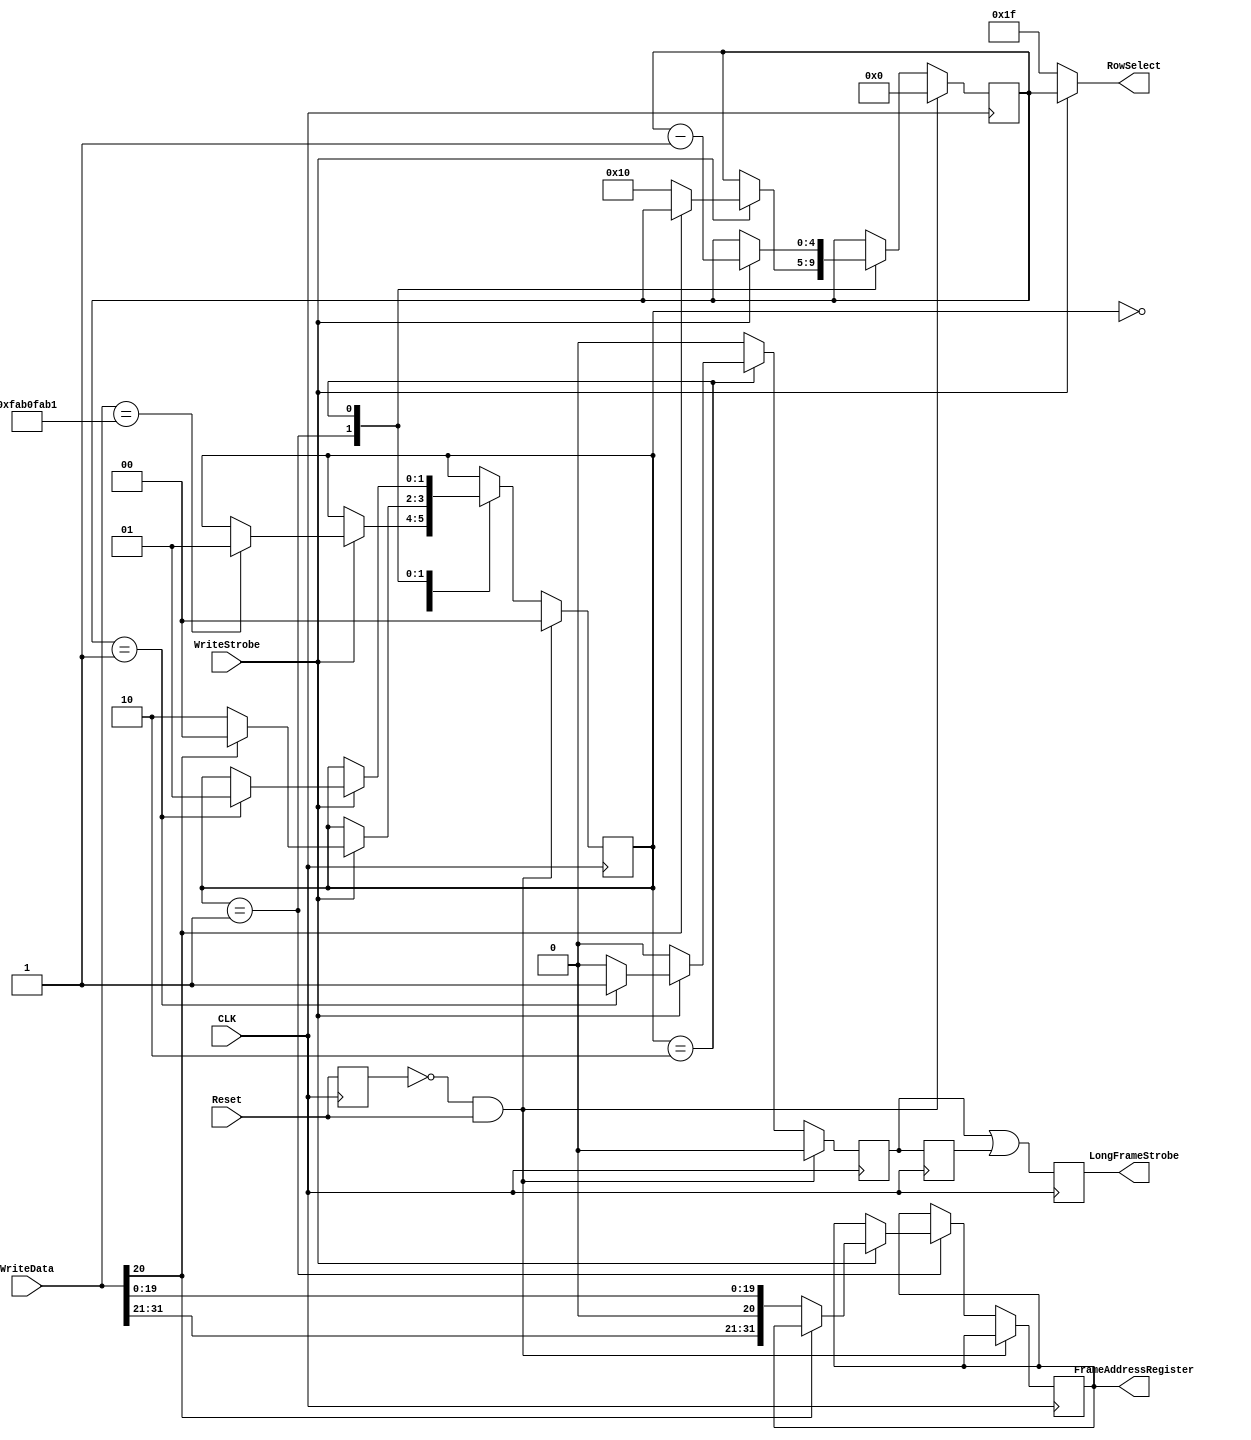
module ConfigFSM (CLK, WriteData, WriteStrobe, Reset, FrameAddressRegister, LongFrameStrobe, RowSelect);
	parameter NumberOfRows = 16;
	parameter RowSelectWidth = 5;
	parameter FrameBitsPerRow = 32;
	parameter desync_flag = 20;

	input CLK; 
	
	input [31:0] WriteData;
	input WriteStrobe;
	input Reset;
	
	output reg [FrameBitsPerRow-1:0] FrameAddressRegister;
	output reg LongFrameStrobe = 0;
	output reg [RowSelectWidth-1:0] RowSelect;
	
	reg FrameStrobe = 0;
	//signal FrameShiftState : integer range 0 to (NumberOfRows + 2);
	reg [4:0] FrameShiftState = 0;

	//FSM
	reg [1:0] state = 0;
	reg old_reset;
	always @ (posedge CLK) begin : P_FSM
		old_reset <= Reset;
		FrameStrobe <= 1'b0;
		// we only activate the configuration after detecting a 32-bit aligned pattern "x"FAB0_FAB1"
		// this allows placing the com-port header into the file and we can use the same file for parallel or UART configuration
		// this also allows us to place whatever metadata, the only point to remeber is that the pattern/file needs to be 4-byte padded in the header
		if ((old_reset == 1'b0) && (Reset == 1'b1)) begin // reset all on ComActive posedge
			state <= 0;
			FrameShiftState <= 0;
		end else begin
			case(state)
				0: begin // unsynched
					if(WriteStrobe == 1'b1) begin // if writing enabled
						if (WriteData == 32'hFAB0_FAB1) begin // fire only after seeing pattern 0xFAB0_FAB1
							state <= 1; //go to synched state
						end
					end
				end
				1: begin // SyncState read header
					if(WriteStrobe == 1'b1) begin// if writing enabled
						if(WriteData[desync_flag] == 1'b1) begin // desync
							state <= 0; //desynced
						end else begin
							FrameAddressRegister <= WriteData;
							FrameShiftState <= NumberOfRows  ;
							state <= 2; //writing frame data
						end
					end
				end
				2: begin
					if(WriteStrobe == 1'b1) begin// if writing enabled
						FrameShiftState <= FrameShiftState -1 ;
						if(FrameShiftState == 1) begin // on last frame
							FrameStrobe <= 1'b1; //trigger FrameStrobe
							state <= 1; // we go to synched state waiting for next frame or desync
						end
					end
				end
			endcase
		end
	end
	
	always @ (*) begin
		if(WriteStrobe) begin // if writing active
			RowSelect = FrameShiftState; // we write the frame
		end else begin
			RowSelect = {RowSelectWidth{1'b1}}; //otherwise, we write an invalid frame
		end
	end
	
	reg oldFrameStrobe = 0;
	always @ (posedge CLK) begin : P_StrobeREG
		oldFrameStrobe <= FrameStrobe;
		LongFrameStrobe <= (FrameStrobe || oldFrameStrobe);
	end//CLK
	
endmodule